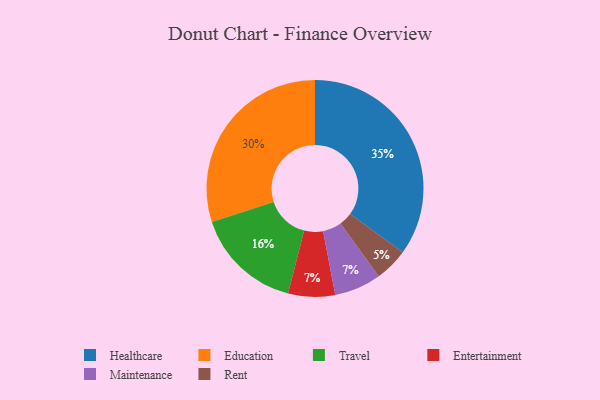
{"axis": {"x": "Category", "y": "Percentage"}, "legend": ["Education", "Entertainment", "Healthcare", "Maintenance", "Rent", "Travel"], "data": [{"x": "Rent", "y": 5, "type": "Rent"}, {"x": "Entertainment", "y": 7, "type": "Entertainment"}, {"x": "Education", "y": 30, "type": "Education"}, {"x": "Maintenance", "y": 7, "type": "Maintenance"}, {"x": "Travel", "y": 16, "type": "Travel"}, {"x": "Healthcare", "y": 35, "type": "Healthcare"}]}